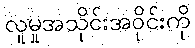
လူမှုအသိုင်းအဝိုင်းကို